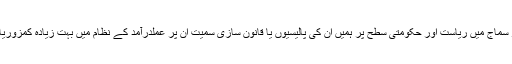
کیونکہ عمومی طور پر سماج میں ریاست اور حکومتی سطح پر ہمیں ان کی پالیسیوں یا قانون سازی سمیت ان پر عملدرآمد کے نظام میں بہت زیادہ کمزوریاں دیکھنے کو ملتی ہیں۔